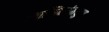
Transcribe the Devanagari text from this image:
मालिकांमधुन